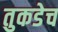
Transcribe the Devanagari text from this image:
तुकडेच